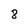
Character: 8